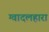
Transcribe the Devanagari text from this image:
ग्वादलहारा